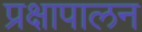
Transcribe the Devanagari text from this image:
प्रक्षापालन